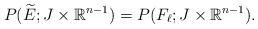
LaTeX: \begin{align*}P(\widetilde{E} ; J \times \mathbb{R}^{n-1}) = P( F_{\ell}; J \times \mathbb{R}^{n-1}).\end{align*}